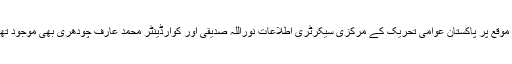
اس موقع پر پاکستان عوامی تحریک کے مرکزی سیکرٹری اطلاعات نوراللہ صدیقی اور کوارڈینٹر محمد عارف چودھری بھی موجود تھے۔